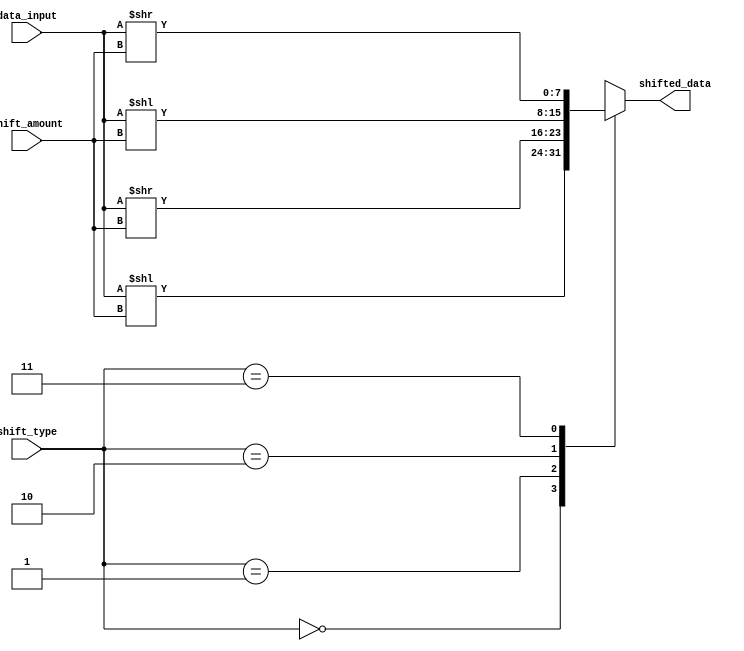
module Barrel_Shifter (
    input [7:0] data_input,
    input [1:0] shift_type,
    input [2:0] shift_amount,
    output reg [7:0] shifted_data
);

always @(*) begin
    case(shift_type)
        // Logical shift left
        2'b00: shifted_data = data_input << shift_amount;
        
        // Logical shift right
        2'b01: shifted_data = data_input >> shift_amount;
        
        // Arithmetic shift left
        2'b10: shifted_data = $signed(data_input) << shift_amount;
        
        // Arithmetic shift right
        2'b11: shifted_data = $signed(data_input) >> shift_amount;
        
    endcase
end

endmodule